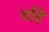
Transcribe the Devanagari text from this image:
यहि